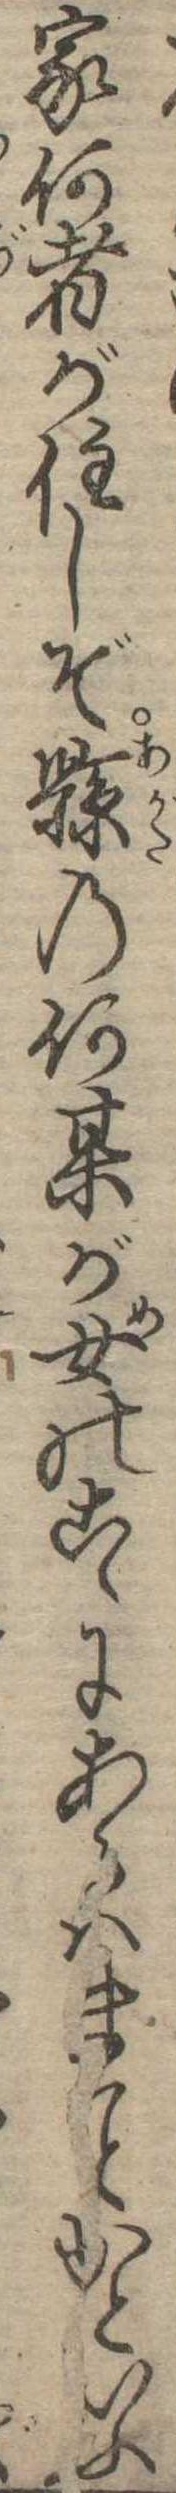
家何者が住しぞ県の何其が女のこゝにあるはまかといふ